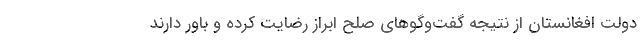
دولت افغانستان از نتیجه گفت‌وگو‌های صلح ابراز رضایت کرده و باور دارند